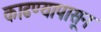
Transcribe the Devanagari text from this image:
काढण्यापासून